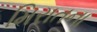
મિરાતના